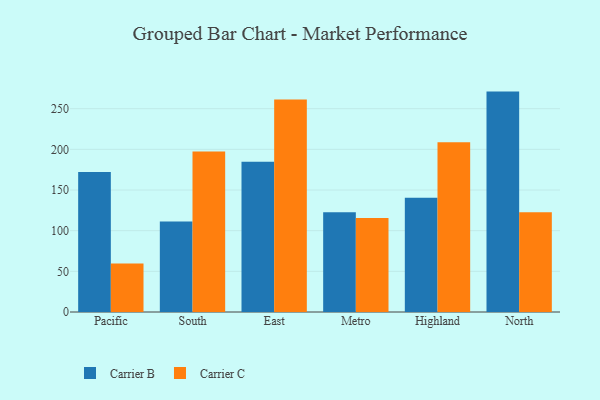
{"axis": {"x": "Region", "y": "Net Income (USD K)"}, "legend": ["Carrier B", "Carrier C"], "data": [{"x": "Pacific", "y": 172.1, "type": "Carrier B"}, {"x": "Pacific", "y": 59.5, "type": "Carrier C"}, {"x": "South", "y": 111.3, "type": "Carrier B"}, {"x": "South", "y": 197.3, "type": "Carrier C"}, {"x": "East", "y": 184.6, "type": "Carrier B"}, {"x": "East", "y": 261.2, "type": "Carrier C"}, {"x": "Metro", "y": 122.8, "type": "Carrier B"}, {"x": "Metro", "y": 115.6, "type": "Carrier C"}, {"x": "Highland", "y": 140.5, "type": "Carrier B"}, {"x": "Highland", "y": 208.8, "type": "Carrier C"}, {"x": "North", "y": 271.0, "type": "Carrier B"}, {"x": "North", "y": 122.5, "type": "Carrier C"}]}